Vaccine operations Central Provinces 1886-1899 - 1886-1899
Year: 1886
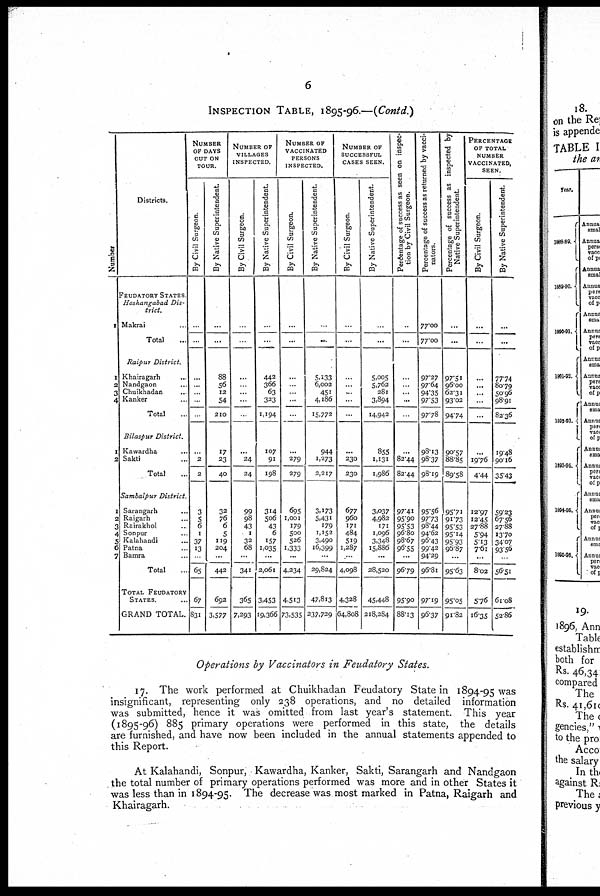
6
INSPECTION TABLE, 1895-96.—(Contd.)
Number
1
1
2
3
4
1
2
1
2
3
4
5
6
7
Districts.
FEUDATORY STATES.
Hoshangabad Dis-
trict.
Makrai ...
Total ...
Raipur District.
Khairagarh ...
Nandgaon ...
Chuikhadan ...
Kanker ...
Total ...
Bilaspur District.
Kawardha ...
Sakti ...
Total ...
Sambalpur District.
Sarangarh ...
Raigarh ...
Rairakhol ...
Sonpur ...
Kalahandi ...
Patna ...
Bamra ...
Total ...
TOTAL FEUDATORY
STATES. ...
GRAND TOTAL.
NUMBER
OF DAYS
OUT ON
TOUR.
By Civil Surgeon.
...
...
...
...
...
...
...
...
2
2
3
5
6
1
37
13
...
65
67
831
By Native Superintendent.
...
...
88
56
12
54
210
17
23
40
32
76
6
5
119
204
...
442
692
3,577
NUMBER OF
VILLAGES
INSPECTED.
By Civil Surgeon.
...
...
...
...
...
...
...
24
24
99
98
43
1
32
68
...
341
365
7,293
By Native Superintendent.
...
...
442
366
63
323
1,194
107
91
198
314
506
43
6
157
1,035
...
2,061
3,453
19,366
NUMBER OF
VACCINATED
PERSONS
INSPECTED.
By Civil Surgeon.
...
...
...
...
...
...
...
...
279
279
695
1,001
179
500
526
1,333
...
4,234
4,513
73,535
By Native Superintendent.
...
...
5,133
6,002
451
4,186
15,772
944
1,273
2,217
3,173
5,431
179
1,152
3,490
16,399
...
29,824
47,813
237,729
NUMBER OF
SUCCESSFUL
CASES SEEN.
By Civil Surgeon.
...
...
...
...
...
...
...
...
230
230
677
960
171
484
519
1,287
...
4,098
4,328
64,808
By Native Superintendent.
...
...
5,005
5,762
281
3,894
14,942
855
1,131
1,986
3,037
4,982
171
1,096
3,348
15,886
...
28,520
45,448
218,284
Percentage of success as seen on inspec-
tion by Civil Surgeon.
...
...
...
...
...
...
...
...
82.44
82.44
97.41
95.90
95.53
96.80
98.67
96.55
...
96.79
95.90
88.13
Percentage of success as returned by vacci-
nators.
77.00
77.00
97.27
97.64
94.35
97.53
97.78
98.13
98.37
98.19
95.56
97.73
98.44
94.62
96.43
99.42
94.29
96.81
97.19
96.37
Percentage of success as inspected by
Native Superintendent.
...
...
97.51
96.00
62.31
93.02
94.74
90.57
88.85
89.58
95.71
91.73
95.53
95.14
95.93
96.87
...
95.63
95.05
91.82
PERCENTAGE
OF TOTAL
NUMBER
VACCINATED,
SEEN.
By Civil Surgeon.
...
...
...
...
...
...
...
...
19.76
4.44
12.97
12.45
27.88
5.94
5.13
7.61
...
8.02
5.76
16.35
By Native Superintendent.
...
...
77.74
80.79
50.96
98.91
82.36
19.48
90.16
35.43
59.23
67.56
27.88
13.70
34.07
93.56
...
56.51
61.08
52.86
Operations by Vaccinators in Feudatory States.
17. The work performed at Chuikhadan Feudatory State in 1894-95 was
insignificant, representing only 238 operations, and no detailed information
was submitted, hence it was omitted from last year's statement. This year
(1895-96) 885 primary operations were performed in this state, the details
are furnished, and have now been included in the annual statements appended to
this Report.
At Kalahandi, Sonpur, Kawardha, Kanker, Sakti, Sarangarh and Nandgaon
the total number of primary operations performed was more and in other States it
was less than in 1894-95. The decrease was most marked in Patna, Raigarh and
Khairagarh.